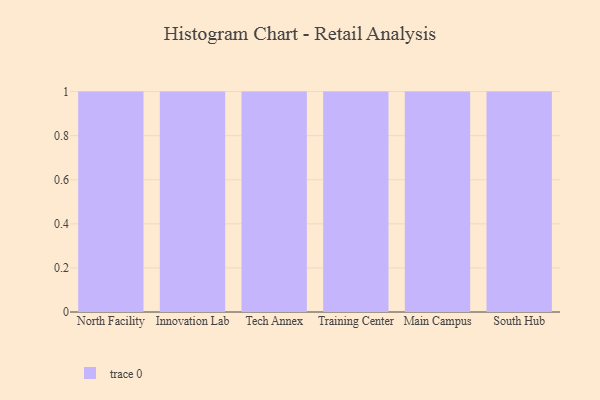
{"axis": {"x": "Campus", "y": "Operating Costs (USD K)"}, "legend": [""], "data": [{"x": "North Facility", "y": 57, "type": ""}, {"x": "Innovation Lab", "y": 69, "type": ""}, {"x": "Tech Annex", "y": 59, "type": ""}, {"x": "Training Center", "y": 68, "type": ""}, {"x": "Main Campus", "y": 42, "type": ""}, {"x": "South Hub", "y": 82, "type": ""}]}